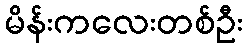
မိန်းကလေးတစ်ဦး